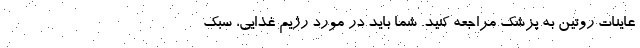
عاینات روتین به پزشک مراجعه کنید. شما باید در مورد رژیم غذایی، سبک